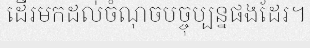
ដើរមកដល់ចំណុចបច្ចុប្បន្នផងដែរ។